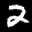
Label: 2